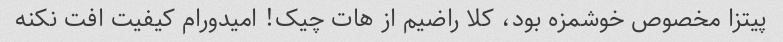
پیتزا مخصوص خوشمزه بود، کلا راضیم از هات چیک! امیدورام کیفیت افت نکنه